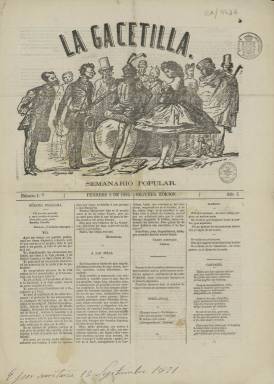
Título: La Gacetilla (Madrid. 1865)
Colección: Revistas de información general
Ámbito geográfico: Madrid
Lugar de publicación: Madrid
Fechas: 02/02/1865-15/05/1865